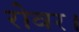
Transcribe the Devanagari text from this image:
रोवर।